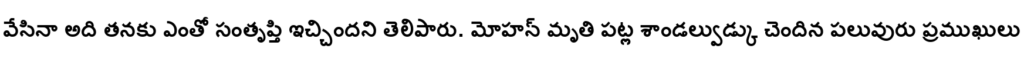
వేసినా అది తనకు ఎంతో సంతృప్తి ఇచ్చిందని తెలిపారు. మోహన్ మృతి పట్ల శాండల్వుడ్కు చెందిన పలువురు ప్రముఖులు